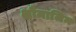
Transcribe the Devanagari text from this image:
क्षौमाजिन